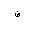
Letter: _dad